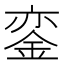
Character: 銮